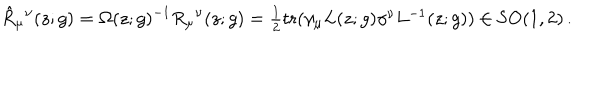
\hat { R } _ { \mu } { } ^ { \nu } ( z ; g ) = \Omega ( z ; g ) ^ { - 1 } R _ { \mu } { } ^ { \nu } ( z ; g ) = \textstyle { \frac { 1 } { 2 } } \mathrm { t r } ( \gamma _ { \mu } L ( z ; g ) \gamma ^ { \nu } L ^ { - 1 } ( z ; g ) ) \in \mathrm { S O } ( 1 , 2 ) \, .